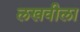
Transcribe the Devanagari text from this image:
लखवीला